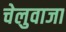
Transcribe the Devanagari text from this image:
चेलुवाजा